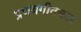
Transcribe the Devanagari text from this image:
प्रणयगीतकार